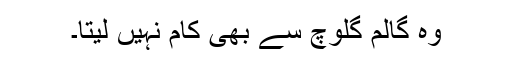
وہ گالم گلوچ سے بھی کام نہیں لیتا۔